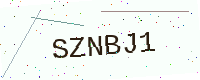
Text: SZNBJ1